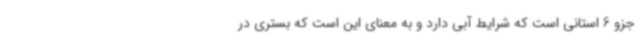
جزو 6 استانی است که شرایط آبی دارد و به معنای این است که بستری در